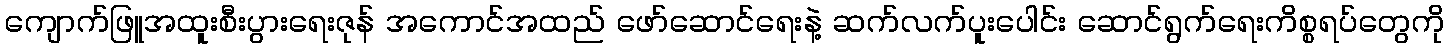
ကျောက်ဖြူအထူးစီးပွားရေးဇုန် အကောင်အထည် ဖော်ဆောင်ရေးနဲ့ ဆက်လက်ပူးပေါင်း ဆောင်ရွက်ရေးကိစ္စရပ်တွေကို